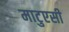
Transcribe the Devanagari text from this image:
माटुएसी